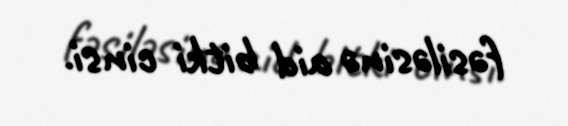
fəsiləsinə aid bitki cinsi.